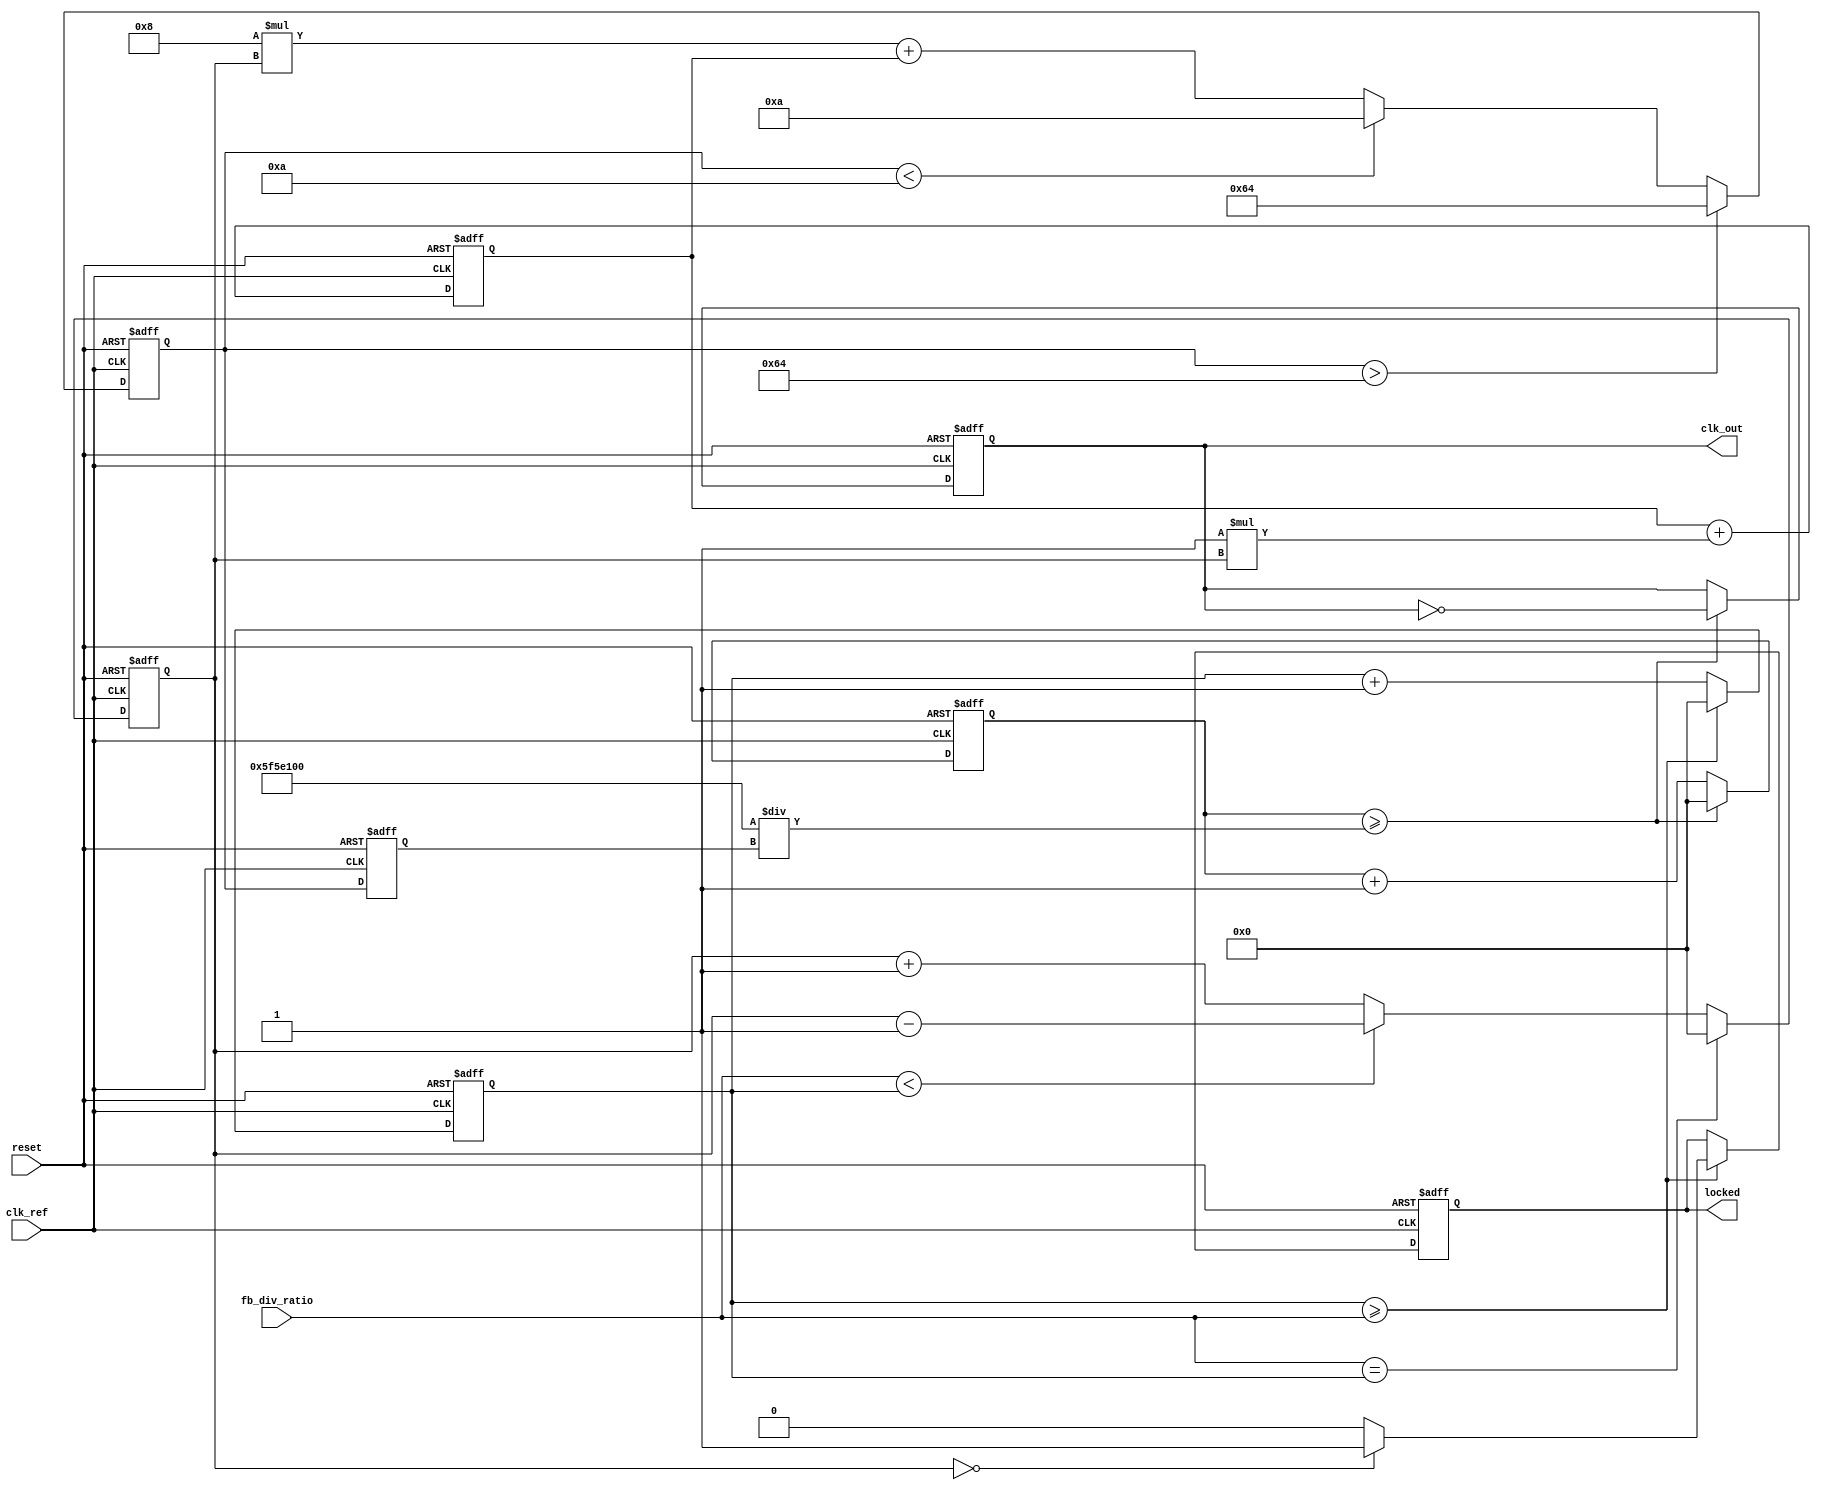
module type2_pll (
    input wire clk_ref,                // Reference clock input
    input wire reset,                  // Reset signal
    input wire [N-1:0] fb_div_ratio,  // Feedback division ratio (programmable)
    output reg clk_out,                // PLL output clock
    output reg locked                  // Lock status
);

parameter N = 4; // Number of bits for division ratio
parameter Kp = 8; // Proportional gain
parameter Ki = 1; // Integral gain
parameter VCO_MAX_FREQ = 100; // Max frequency of VCO
parameter VCO_MIN_FREQ = 10; // Min frequency of VCO

reg [31:0] phase_error;             // Phase error from phase detector
reg [31:0] control_voltage;          // Control voltage for VCO
reg [31:0] vco_freq;                 // Frequency output from the VCO
reg [31:0] divider_count;            // Counter for feedback divider
reg [31:0] vco_count;                // VCO output counter
reg [31:0] integral;                 // Integral term for the loop filter

// Phase Detector (PD)
always @(posedge clk_ref or posedge reset) begin
    if (reset) begin
        phase_error <= 0;
    end else begin
        // Here, we will simulate phase comparison
        // You can implement a proper phase detector here
        if (fb_div_ratio == vco_count) begin
            phase_error <= 0; // Phase aligned
        end else if (fb_div_ratio < vco_count) begin
            phase_error <= phase_error - 1; // VCO needs to slow down
        end else begin
            phase_error <= phase_error + 1; // VCO needs to speed up
        end
    end
end

// Loop Filter (Integrator + Proportional)
always @(posedge clk_ref or posedge reset) begin
    if (reset) begin
        integral <= 0;
        control_voltage <= 0;
    end else begin
        // Proportional term
        control_voltage <= Kp * phase_error + integral;
        
        // Integral term
        integral <= integral + (Ki * phase_error);
        
        // Limit control voltage to VCO range
        if (control_voltage > VCO_MAX_FREQ)
            control_voltage <= VCO_MAX_FREQ;
        else if (control_voltage < VCO_MIN_FREQ)
            control_voltage <= VCO_MIN_FREQ;
    end
end

// Voltage-Controlled Oscillator (VCO)
always @(posedge clk_ref or posedge reset) begin
    if (reset) begin
        vco_freq <= VCO_MIN_FREQ; // Start at minimum frequency
        vco_count <= 0;
        divider_count <= 0;
        clk_out <= 0;
        locked <= 0;
    end else begin
        // Adjust VCO frequency based on control voltage
        vco_freq <= control_voltage;

        // Generate output clock based on VCO frequency
        // (This is a simplified representation)
        if (divider_count >= (100000000 / vco_freq)) begin // Assuming clk_ref is 100 MHz
            clk_out <= ~clk_out;
            divider_count <= 0;
        end else begin
            divider_count <= divider_count + 1;
        end

        // Feedback Counter
        if (vco_count >= fb_div_ratio) begin
            vco_count <= 0;
            // Check for lock condition
            if (phase_error == 0) begin
                locked <= 1; // Locked to the reference frequency
            end else begin
                locked <= 0;
            end
        end else begin
            vco_count <= vco_count + 1;
        end
    end
end

endmodule